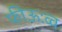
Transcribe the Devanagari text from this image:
फीऊःव्व